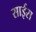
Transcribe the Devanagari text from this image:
साईरा